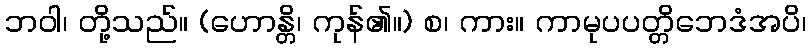
ဘဝါ၊ တို့သည်။ (ဟောန္တိ၊ ကုန်၏။) စ၊ ကား။ ကာမုပပတ္တိဘေဒံအပိ၊